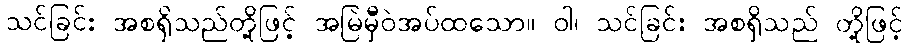
သင်ခြင်း အစရှိသည်တို့ဖြင့် အမြဲမှီဝဲအပ်ထသော။ ဝါ၊ သင်ခြင်း အစရှိသည် တို့ဖြင့်